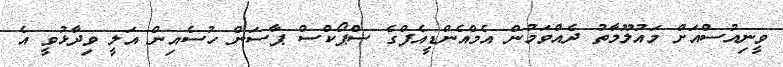
ވީނިއުސްއަށް މައުލޫމާތު ދެއްވަމުން އެމްއެންޑީއެފްގެ ސްޕޯކްސް ޕާސަން ހުސެއިން އަލީ ވިދާޅުވީ އެ